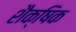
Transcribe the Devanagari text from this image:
शैक्षिक